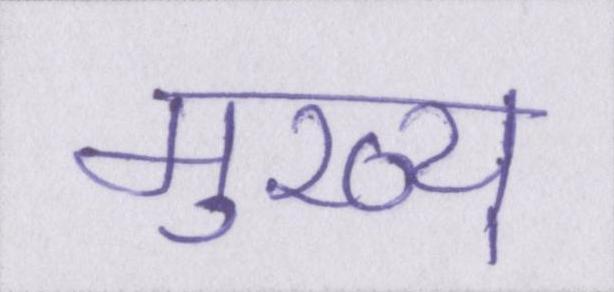
मुख्य्